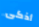
أذكى